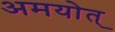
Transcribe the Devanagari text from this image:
अमयोत्